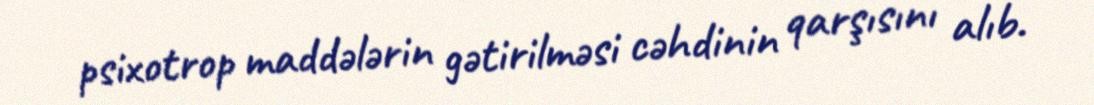
psixotrop maddələrin gətirilməsi cəhdinin qarşısını alıb.